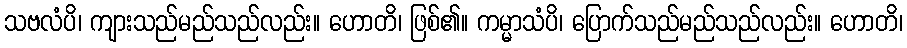
သဗလံပိ၊ ကျားသည်မည်သည်လည်း။ ဟောတိ၊ ဖြစ်၏။ ကမ္မာသံပိ၊ ပြောက်သည်မည်သည်လည်း။ ဟောတိ၊